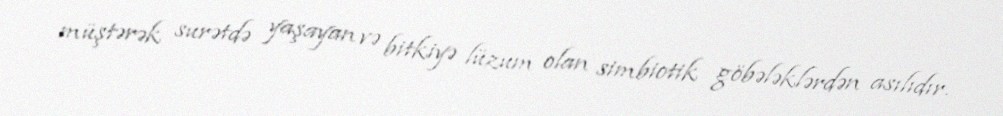
müştərək surətdə yaşayan və bitkiyə lüzum olan simbiotik göbələklərdən asılıdır.